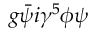
g { \bar { \psi } } i \gamma ^ { 5 } \phi \psi